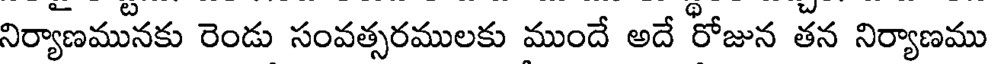
నిర్యాణమునకు రెండు సంవత్సరములకు ముందే అదే రోజున తన నిర్యాణము